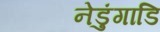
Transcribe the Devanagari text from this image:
नेडुंगाडि